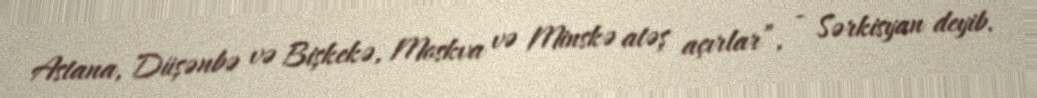
Astana, Düşənbə və Bişkekə, Moskva və Minskə atəş açırlar”, - Sərkisyan deyib.